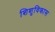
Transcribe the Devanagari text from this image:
शिशुविकास